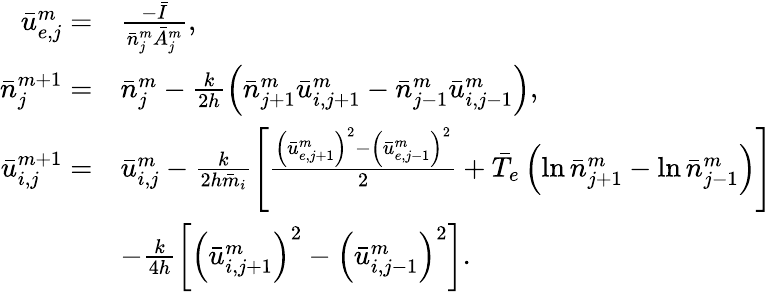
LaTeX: \begin{array}{rl}{\bar{u}_{e,j}^{m}=}&{\frac{-\bar{I}}{\bar{n}_{j}^{m}\bar{A}_{j}^{m}},}\\ {\bar{n}_{j}^{m+1}=}&{\bar{n}_{j}^{m}-\frac{k}{2h}\left(\bar{n}_{j+1}^{m}\bar{u}_{i,j+1}^{m}-\bar{n}_{j-1}^{m}\bar{u}_{i,j-1}^{m}\right),}\\ {\bar{u}_{i,j}^{m+1}=}&{\bar{u}_{i,j}^{m}-\frac{k}{2h\bar{m}_{i}}\left[\frac{\left(\bar{u}_{e,j+1}^{m}\right)^{2}-\left(\bar{u}_{e,j-1}^{m}\right)^{2}}{2}+\bar{T}_{e}\left(\ln\bar{n}_{j+1}^{m}-\ln\bar{n}_{j-1}^{m}\right)\right]}\\ &{-\frac{k}{4h}\left[\left(\bar{u}_{i,j+1}^{m}\right)^{2}-\left(\bar{u}_{i,j-1}^{m}\right)^{2}\right].}\end{array}